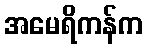
အမေရိကန်က